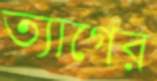
ত্যাগের